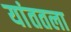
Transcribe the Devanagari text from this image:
यांततला